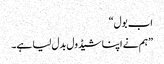
اب بول“
”ہم نے اپنا شیڈول بدل لیا ہے۔